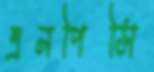
এনপিসি